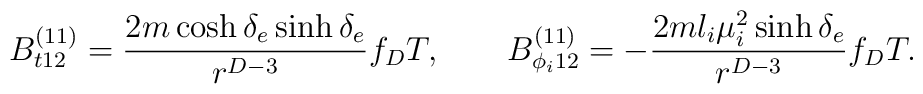
B^{(11)}_{t12}={{2m\cosh\delta_e\sinh\delta_e}\over{r^{D-3}}}f_DT, \ \ \ \ \ \ B^{(11)}_{\phi_i12}=-{{2ml_i\mu^2_i\sinh\delta_e}\over{r^{D-3}}}f_DT.